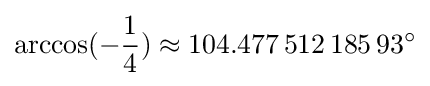
\arccos(-{\frac {1}{4}})\approx 104.477\,512\,185\,93^{\circ }